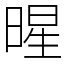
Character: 暒